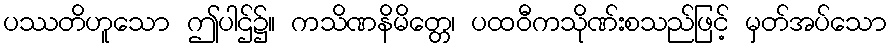
ပဿတိဟူသော ဤပါဌ်၌။ ကသိဏနိမိတ္တေ၊ ပထဝီကသိုဏ်းစသည်ဖြင့် မှတ်အပ်သော